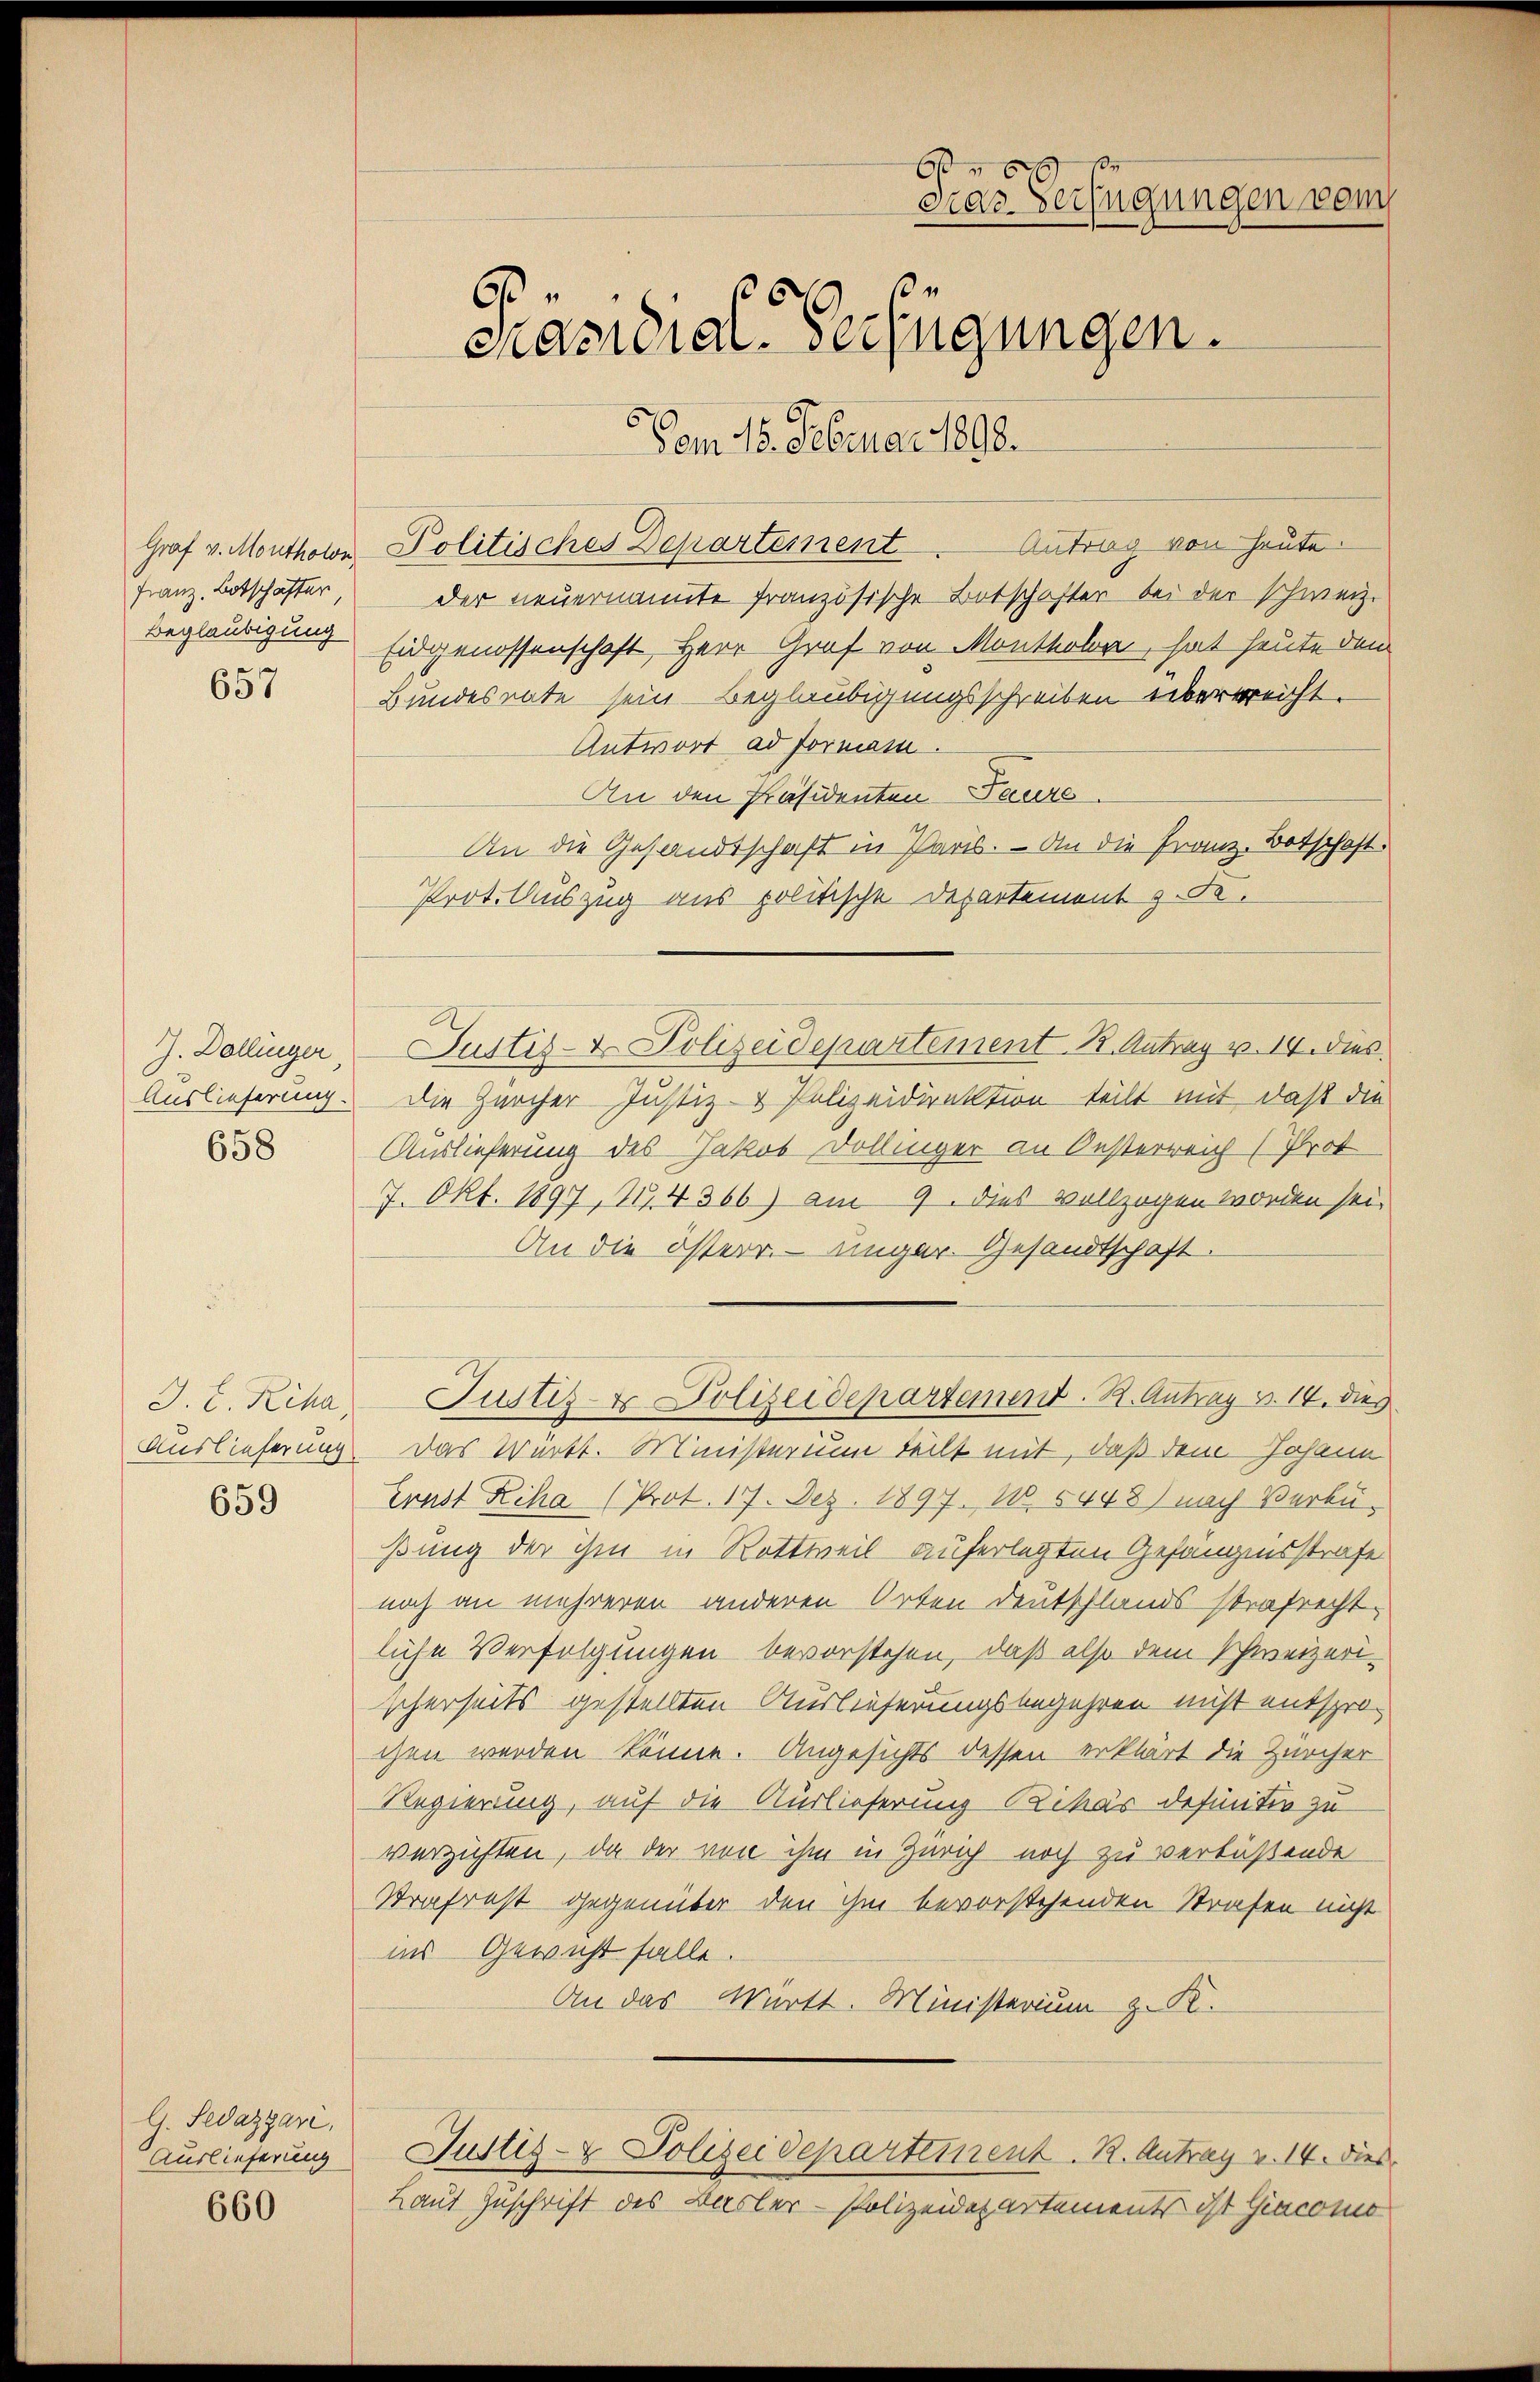
Franz. Botschafter

657

658

J. L. Reha

659

G. Sedazgari.
Auslieferung

660

60
Fras Verfügungen vom
3
6
mnasidial-Verfügungen.

Vom 15. Februar 1898.
Graf v. Monthore Politisches Departement. Antrag von heute.
der neuernannte französische Botschafter bei der schweiz.
Beglaubigung Eidgenossenschaft, Herr Graf von Monthoben, hat heute dem
Bundesrate sein Beglaubigungsschreiben überreicht.
Antwort ad Formani
An den Präsidenten Paurs.
An die Gesandtschaft in Paris. — An die Franz. Botschaft.
Prot. Auszug aus politische Departement z. de.
J. Dollinger, Justiz- & Polizeidepartement. B. Antrag v. 14. dies
Auslieferung. Die Zürcher Justiz- & Polizeidirektion teilt mit, daß die
Auslieferung des Jakob Dollinger an Oesterreich (Prot
7. Okt. 1897, 11. 4366) am 9. dies vollzogen worden sei.
An die österr. - Einger. Gesandtschaft.
Justiz- & Polizeidepartement. B. Antrag v. 14. dies
Auslieferung. Das Württ. Ministerium teilt mit, daß dem Johann
Ernst Riha (Prot. 17. Dez. 1897. 10. 5448) nach Verbüßung der ihm in Rottweil auferlegten Gefängnisstrafe
noch an mehreren anderen Orten Deutschlands strafrecht,
liche Verfolgungen bevorstehen, daß also dem Schweizerischerseits gestellten Auslieferungsbegehren nicht entsprochen werden könne. Angesichts dessen erklärt die Zürcher
Regierung, auf die Auslieferung Ritter definitiv zu
verzichten, da der von ihm in Zürich noch zu verlaßende
Strafrest gegenüber den ihm bevorstehenden Strafen nicht
ins Gewicht falle.
An das Württ. Ministerium z. K.
Justiz- & Polizeideparteinent. R. Antrag v. 14. Dies
Laut Zuschrift des Basler - Polizeidepartements ist Giacomo